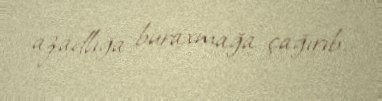
azadlığa buraxmağa çağırıb.